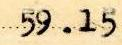
59.15